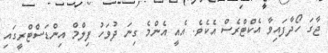
ޖާގަ ހޯދާފައިވާ އެކްޓްރެސް އެކެވެ. އެއީ އެންމެ ގިނަ ދުވަހު ފިލްމް އިންޑަސްޓްރީގައި